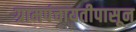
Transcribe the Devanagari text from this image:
ग्रामपंचायतीपासून